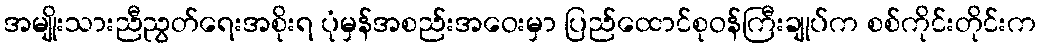
အမျိုးသားညီညွတ်ရေးအစိုးရ ပုံမှန်အစည်းအဝေးမှာ ပြည်ထောင်စုဝန်ကြီးချုပ်က စစ်ကိုင်းတိုင်းက